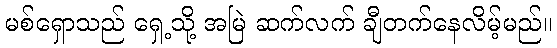
မစ်ရှောသည် ရှေ့သို့ အမြဲ ဆက်လက် ချီတက်နေလိမ့်မည်။